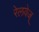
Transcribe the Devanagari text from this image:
रेलवेज्